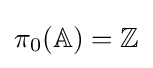
\pi _{0}(\mathbb {A} )=\mathbb {Z}